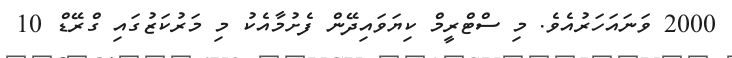
2000 ވަނައަހަރުއެވެ. މި ސްޓްރީމް ކިޔަވައިދޭން ފެށުމާއެކު މި މަރުކަޒުގައި ގްރޭޑް 10